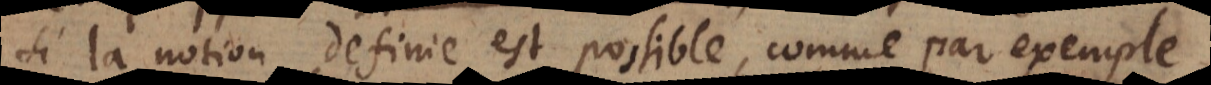
si la notion definie est possible, comme par exemple,